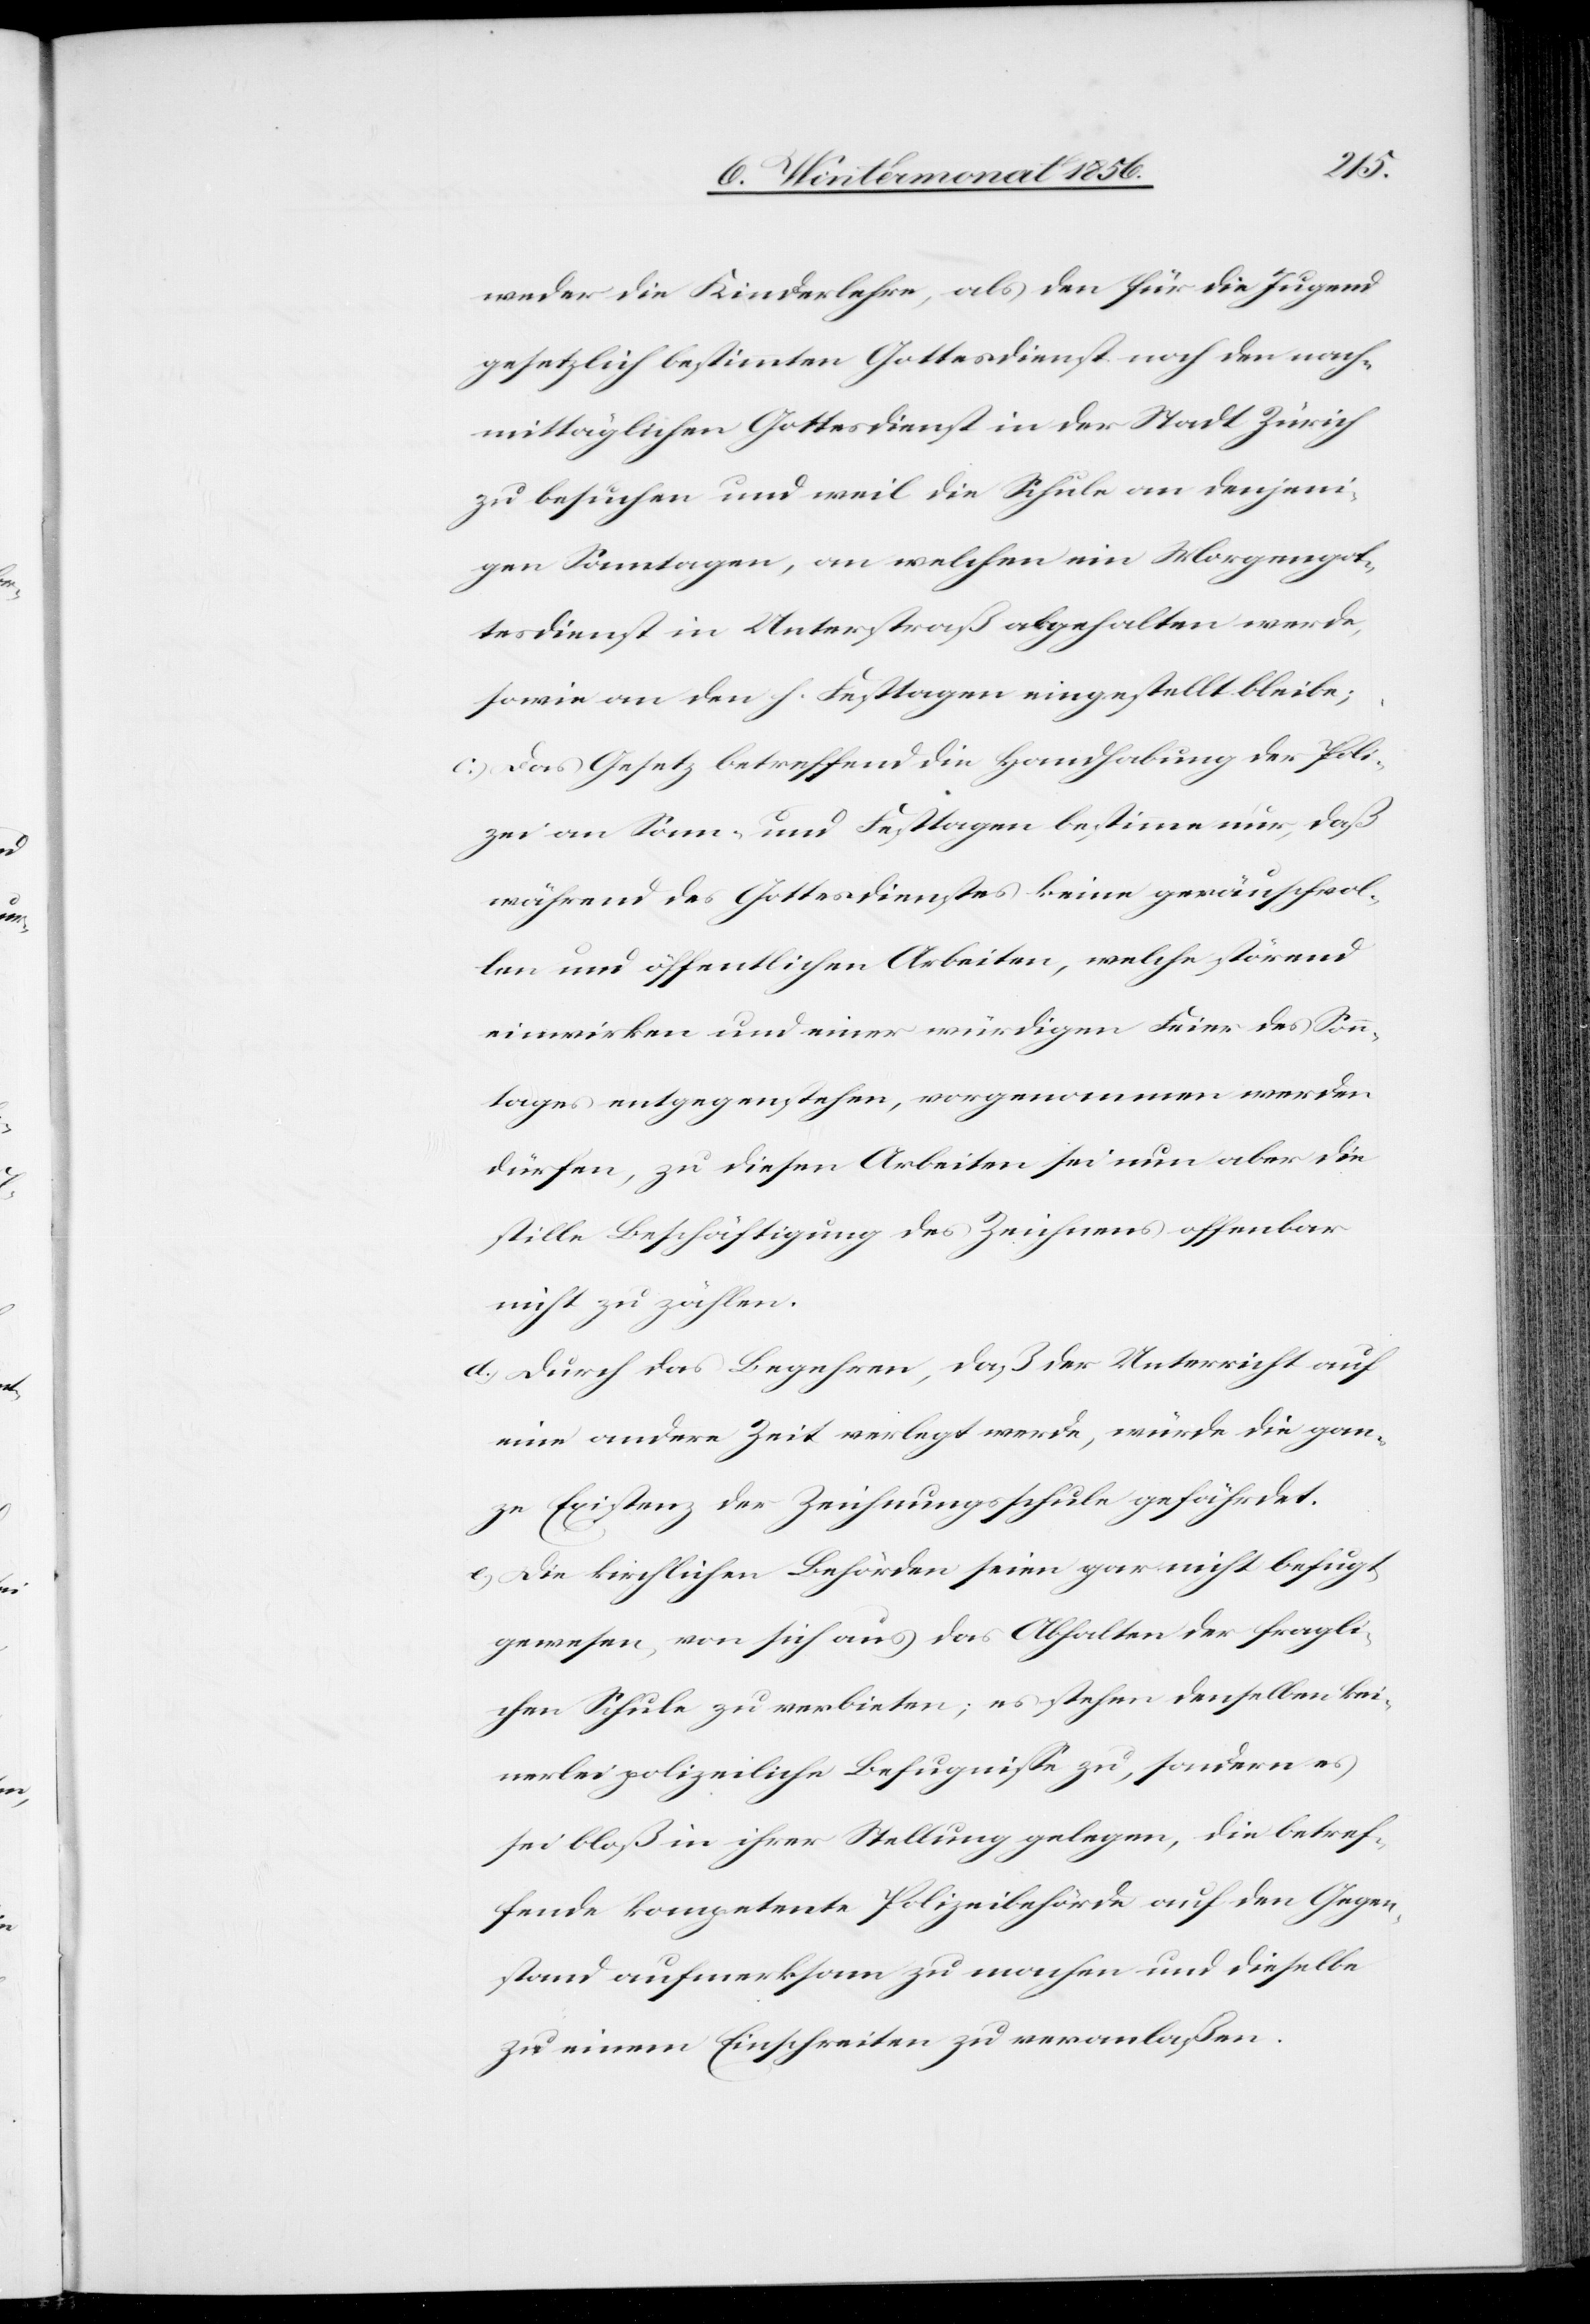
weder die Kinderlehre, als den für die Jugend
gesetzlich bestimmten Gottesdienst noch den nach¬
mittäglichen Gottesdienst in der Stadt Zürich
zu besuchen und weil die Schule an denjeni¬
gen Sonntagen, an welchen ein Morgengot¬
tesdienst in Unterstraß abgehalten werde,
sowie an den h. Festtagen eingestellt bleibe;
c.) Das Gesetz betreffend die Handhabung der Poli¬
zei an Sonn- und Festtagen bestimme nur, daß
während des Gottesdienstes keine geräuschvol¬
len und öffentlichen Arbeiten, welche störend
einwirken und einer würdigen Feier des Sonn¬
tages entgegenstehen, vorgenommen werden
dürfen, zu diesen Arbeiten sei nun aber die
stille Beschäftigung des Zeichnens offenbar
nicht zu zählen.
d.) Durch das Begehren, daß der Unterricht auf
eine andere Zeit verlegt werde, würde die gan¬
ze Existenz der Zeichnungsschule gefährdet.
e.) Die kirchlichen Behörden seien gar nicht befugt
gewesen, von sich aus das Abhalten der fragli¬
chen Schule zu verbieten; es stehen denselben kei¬
nerlei polizeiliche Befugnisse zu, sondern es
sei bloß in ihrer Stellung gelegen, die betref¬
fende kompetente Polizeibehörde auf den Gegen¬
stand aufmerksam zu machen und dieselbe
zu einem Einschreiten zu veranlaßen.